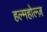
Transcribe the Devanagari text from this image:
हल्महोल्ज़